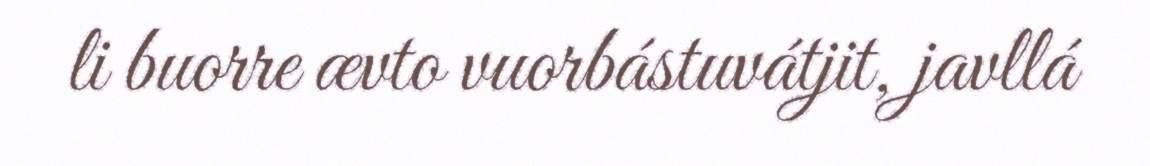
li buorre ævto vuorbástuvátjit, javllá